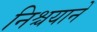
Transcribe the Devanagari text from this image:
निश्चयानें